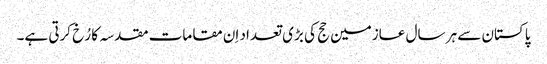
پاکستان سے ہر سال عازمین حج کی بڑی تعداد اِن مقامات مقدسہ کا رُخ کرتی ہے۔